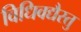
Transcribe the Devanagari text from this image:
विधिवद्यैस्तु